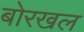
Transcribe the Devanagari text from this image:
बोरखल